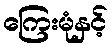
ကြေးမုံနှင့်